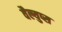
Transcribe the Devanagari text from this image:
वैल्युप्स